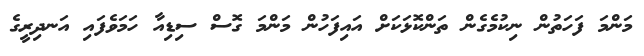
މަންމަ ފަހަތުން ނިކުމެގެން ތަންކޮޅަކަށް އައިފަހުން މަންމަ ގޮސް ސިޑިއާ ހަމަވެފައި އަނދިރީގެ